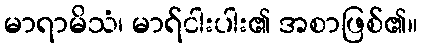
မာရာမိသံ၊ မာရ်ငါးပါး၏ အစာဖြစ်၏။